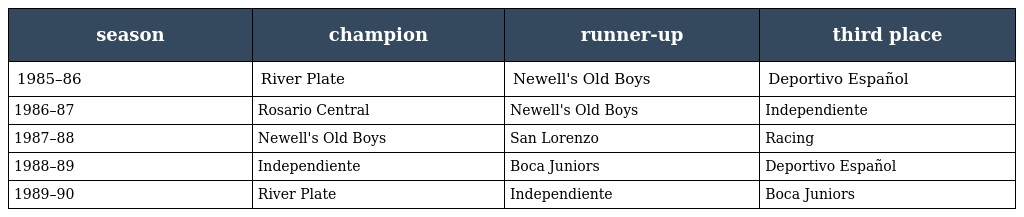
| season | champion | runner-up | third place |
 | --- | --- | --- | --- |
 | 1985–86 | River Plate | Newell's Old Boys | Deportivo Español |
 | 1986–87 | Rosario Central | Newell's Old Boys | Independiente |
 | 1987–88 | Newell's Old Boys | San Lorenzo | Racing |
 | 1988–89 | Independiente | Boca Juniors | Deportivo Español |
 | 1989–90 | River Plate | Independiente | Boca Juniors |